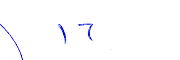
١٦